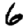
Digit: 6